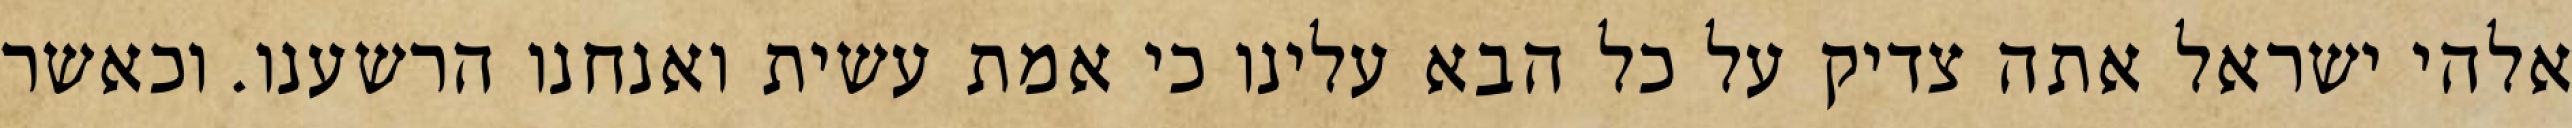
אלהי ישראל אתה צדיק על כל הבא עלינו כי אמת עשית ואנחנו הרשענו. וכאשר